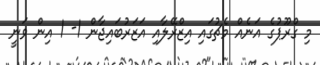
މި ގްރޫޕުގެ އަނެއް މެޗުގައި އިޒްރޭލާއި އަޒަރުބައިޖާން 1- 1 އިން ވަނީ